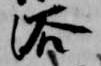
浴